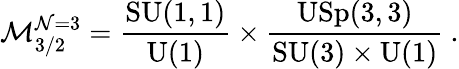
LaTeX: \mathcal{M}_{3/2}^{\mathcal{N}=3}=\frac{\mathrm{SU}(1,1)}{\mathrm{U}(1)}\times\frac{\mathrm{USp}(3,3)}{\mathrm{SU}(3)\times\mathrm{U}(1)}~.